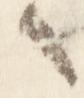
之